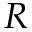
R